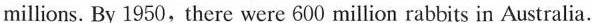
millions. By 1950, there were 600 million rabbits in Australia.